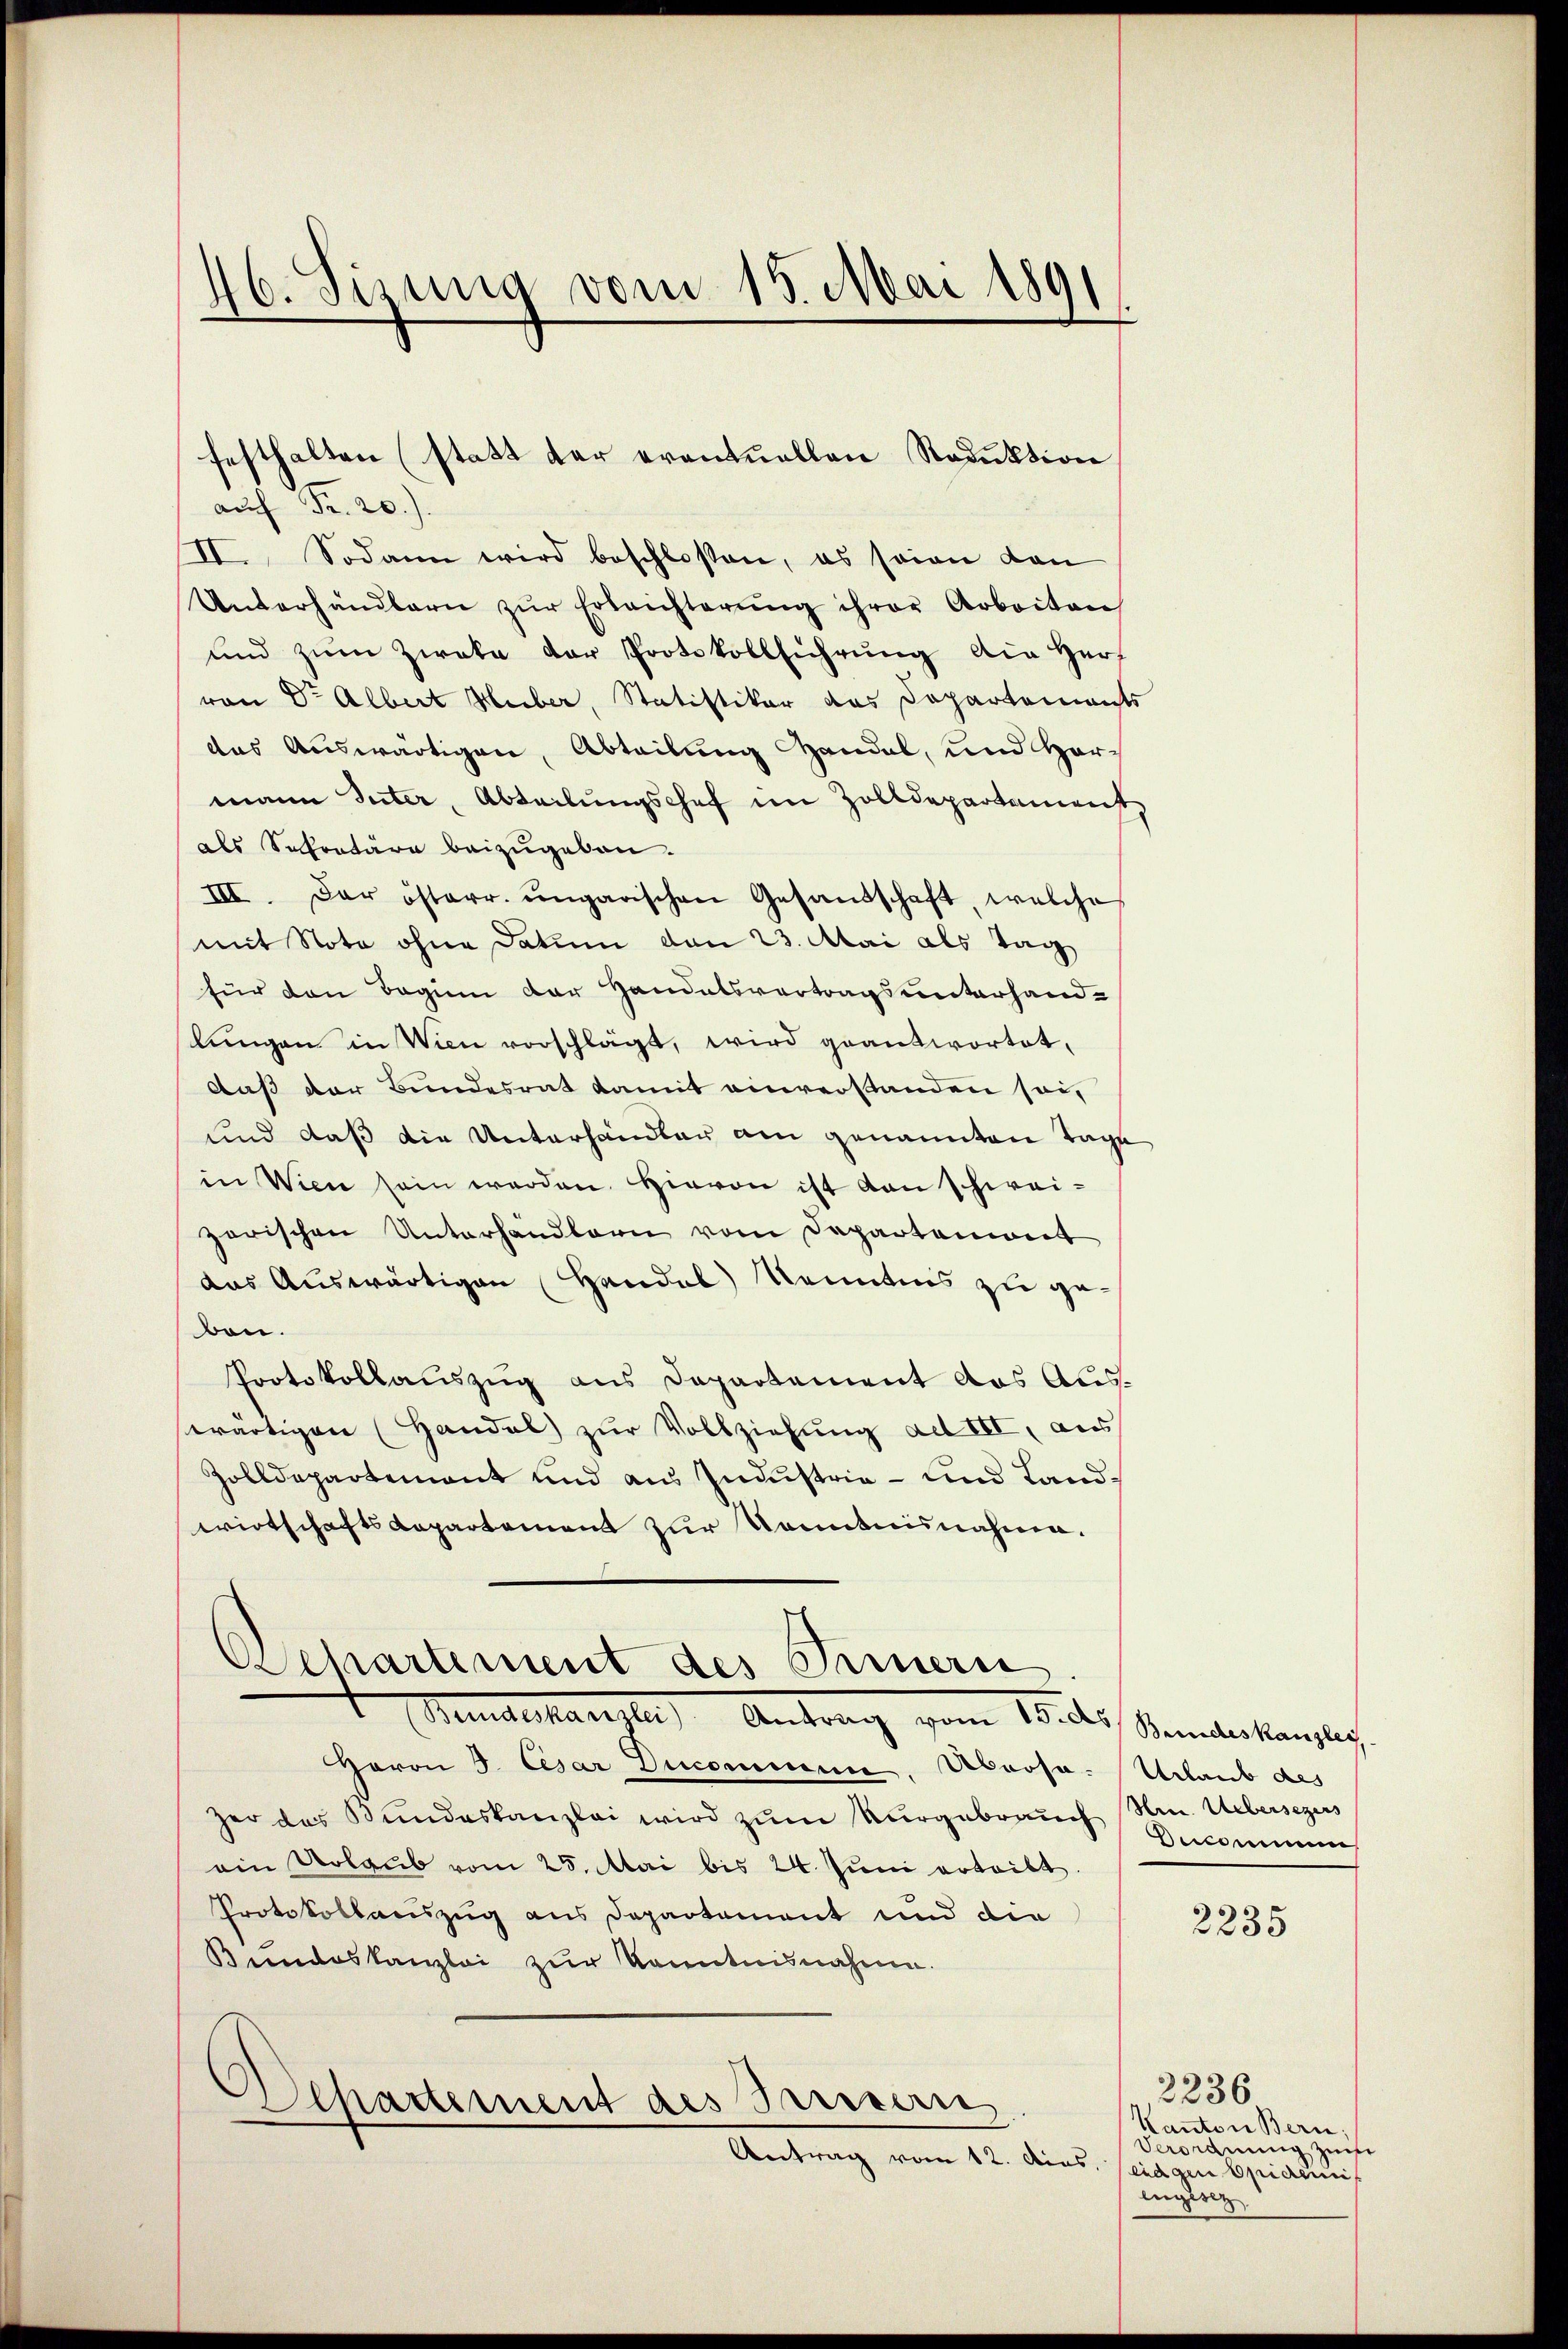
46. Sizung vom 15. Mai 1891

festhalten (statt der eventuellen Reduktion

auf Fr. 20).
II. Sodann wird beschlossen, es seine dan
Unterhandbarn zŭr Erleichterŭng ihrer Arbeiten,
und zum Zwaka der Protokollführung die Herr
von Dr Albert Huber, Statistiker das Departements
das Auswärtigen, Abteilung Handel, und Hormann Suter, Abteilungschef im Zolldepartement
als Sekretäre beizugeben.
III. Der österr. ungarischen Gesandschaft, welche
mit Note ohne Datum den 23. Mai als Tag
für den Beginn der Handelsvertragsunterhandlŭngen in Wien vorschlägt, wird geantwortet,
daß der Bundesrat damit einverstanden sei,
und daß die Unterhandler am genannten Tage
in Wien sein werden. Hievon ist dan schweizerischen Unterhandlern vom Departemont
das Auswärtigen Handel Kenntnis zu gebon.
Protokollauszug aus Departement das Auswärtigen (Handel zŭr Vollziehŭng ad III, aus
Zolldepartement und aus Industria - und Landwirtschaftsdepartement zur Kenntnisnahme.
Departement des Innern
 Antrag vom 15. des Standeskanzley
Haron J. Cesar Ducommen, Abrosa- Urlaub des
her das Bundeskanzlei wird zum Vergebrauch Hr. Uebersezers
ain Urlaub vom 25. Mai bis 24. Jŭni erteilt.
Protokollauszug aus Departement und die
Bundeskanzlei zur Kenntnisnahme.
Departement des Preisern
Antrag vom 12. dies eidgen Epidemis

Decommun

2235

2236
Kanton Bern;
Verordnung zufe
lngesez